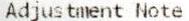
ADJUSTMENT NOTE